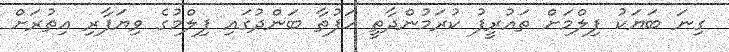
ގިނަ ބަޔަކު ފިލްމަށް ތައުރީފު ކުރަމުންދާތީ ހަފުތާ ބަންދުގައި ފިލްމުގެ ވިޔަފާރި އިތުރަށް